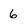
Character: 6